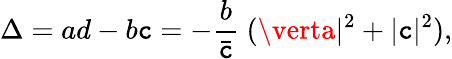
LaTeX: \Delta=ad-b\mathtt{c}=-\frac{{b}}{{\bar{{\mathtt{c}}}}}\ (\verta\vert^{2}+\vert\mathtt{c}\vert^{2}),